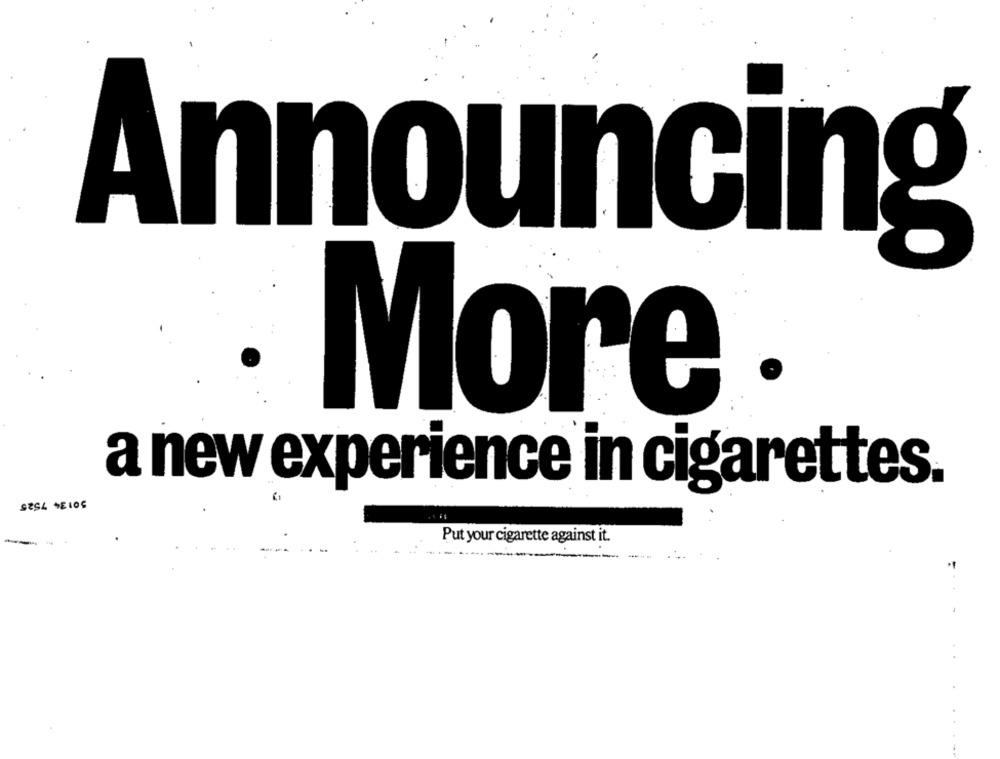
Announcing
More
a new experience in cigarettes.
Put your cigarette against it.
-